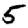
Digit: 5